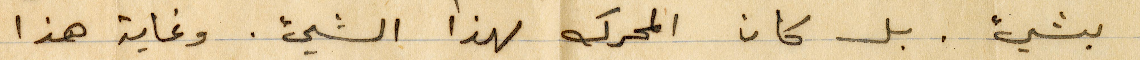
بشيء. بل كان المحرك لهذا الشيء. وغاية هذا